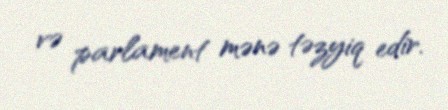
və parlament mənə təzyiq edir.